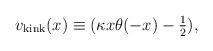
LaTeX: \begin{align*}v_{\rm kink}(x)\equiv (\kappa x \theta(-x) - {\textstyle{1\over2}}),\end{align*}